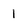
Character: 1